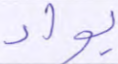
بواد